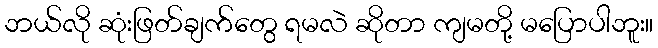
ဘယ်လို ဆုံးဖြတ်ချက်တွေ ရမလဲ ဆိုတာ ကျမတို့ မပြောပါဘူး။